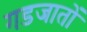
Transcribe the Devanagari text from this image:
गडजातों